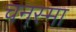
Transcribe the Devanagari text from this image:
चनस्मा